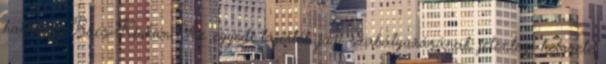
hatályos Bács-Kiskun Az egyedi tájérték jogi szabályozásának jelenlegi helyzete